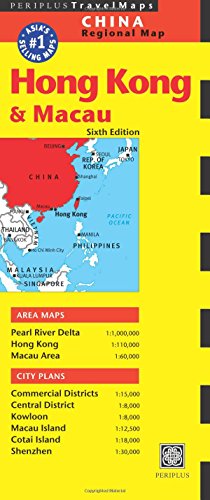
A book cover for Hong Kong & Macau Travel Map Sixth Edition (Tuttle Travel Maps); Travel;